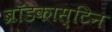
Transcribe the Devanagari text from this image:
ब्रॉडकास्टिन